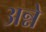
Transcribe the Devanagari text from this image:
अन्ने